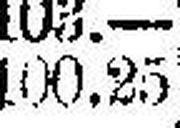
100.25